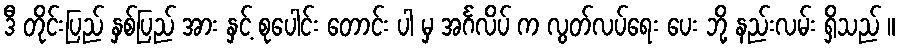
ဒီ တိုင်းပြည် နှစ်ပြည် အား နှင့် စုပေါင်း တောင်း ပါ မှ အင်္ဂလိပ် က လွတ်လပ်ရေး ပေး ဘို့ နည်းလမ်း ရှိသည် ။